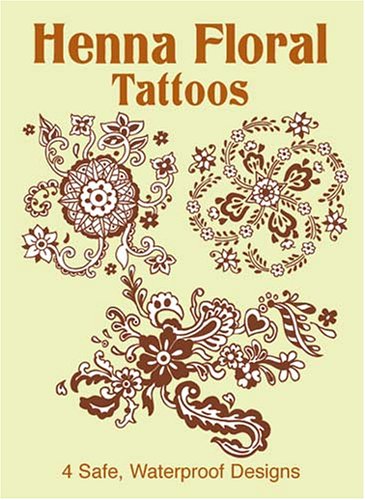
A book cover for Henna Floral Tattoos (Dover Tattoos); Anna Pomaska; Arts & Photography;